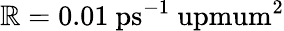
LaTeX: \mathbb{R}=0.01~\mathrm{{ps^{-1}\ upmum^{2}}}